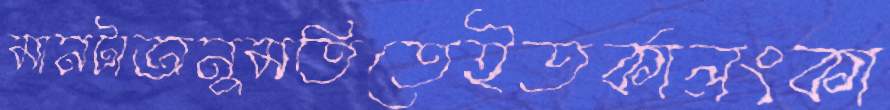
মানটাঅনুমতিতেইতর্কালংকা